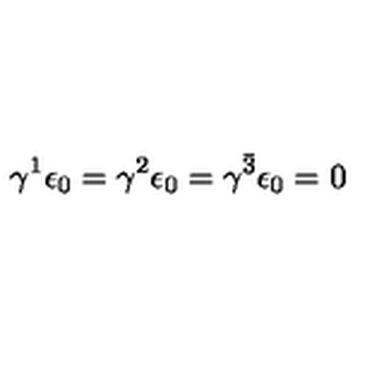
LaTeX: \gamma ^ { 1 } \epsilon _ { 0 } = \gamma ^ { 2 } \epsilon _ { 0 } = \gamma ^ { \bar { 3 } } \epsilon _ { 0 } = 0